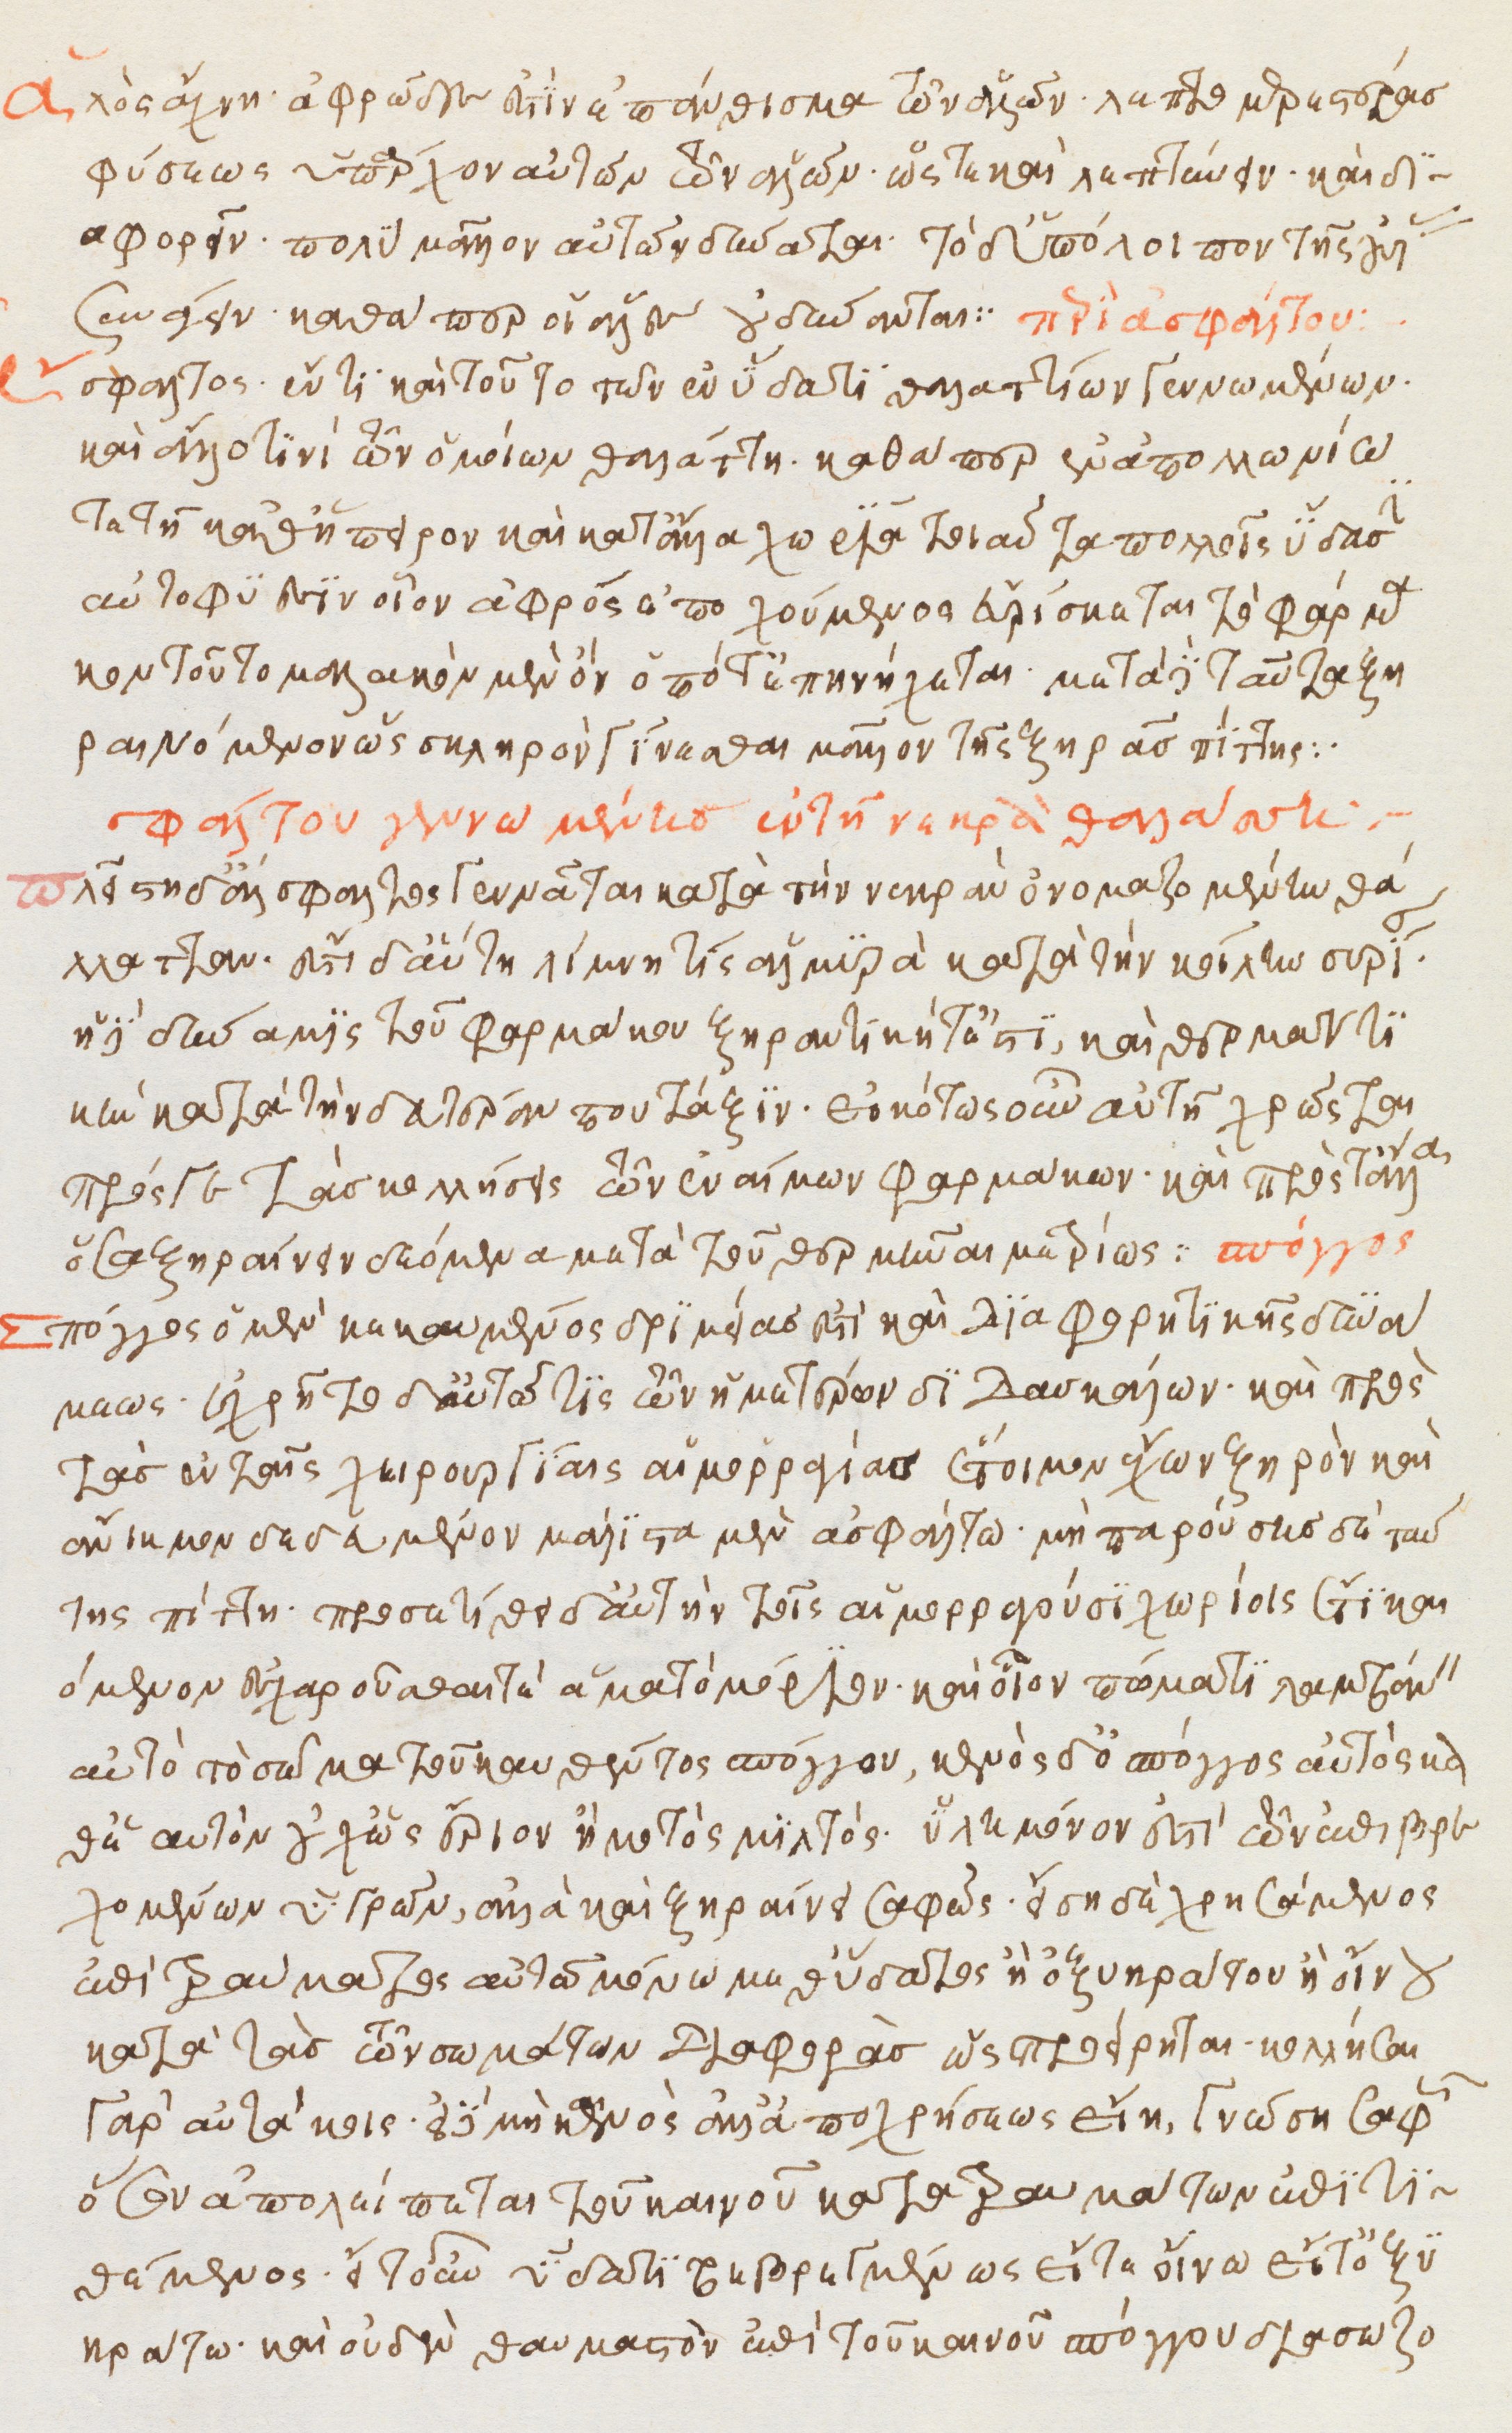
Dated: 1500–1599